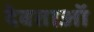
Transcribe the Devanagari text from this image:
देवताऑ